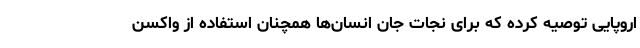
اروپایی توصیه کرده که برای نجات جان انسان‌ها همچنان استفاده از واکسن